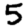
Digit: 5